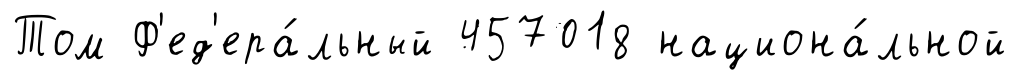
Том Ф'ед'ера́льный 457018 национа́льной